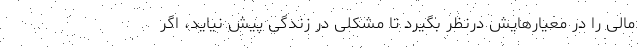
مالی را در معیارهایش درنظر بگیرد تا مشکلی در زندگی پیش نیاید، اگر